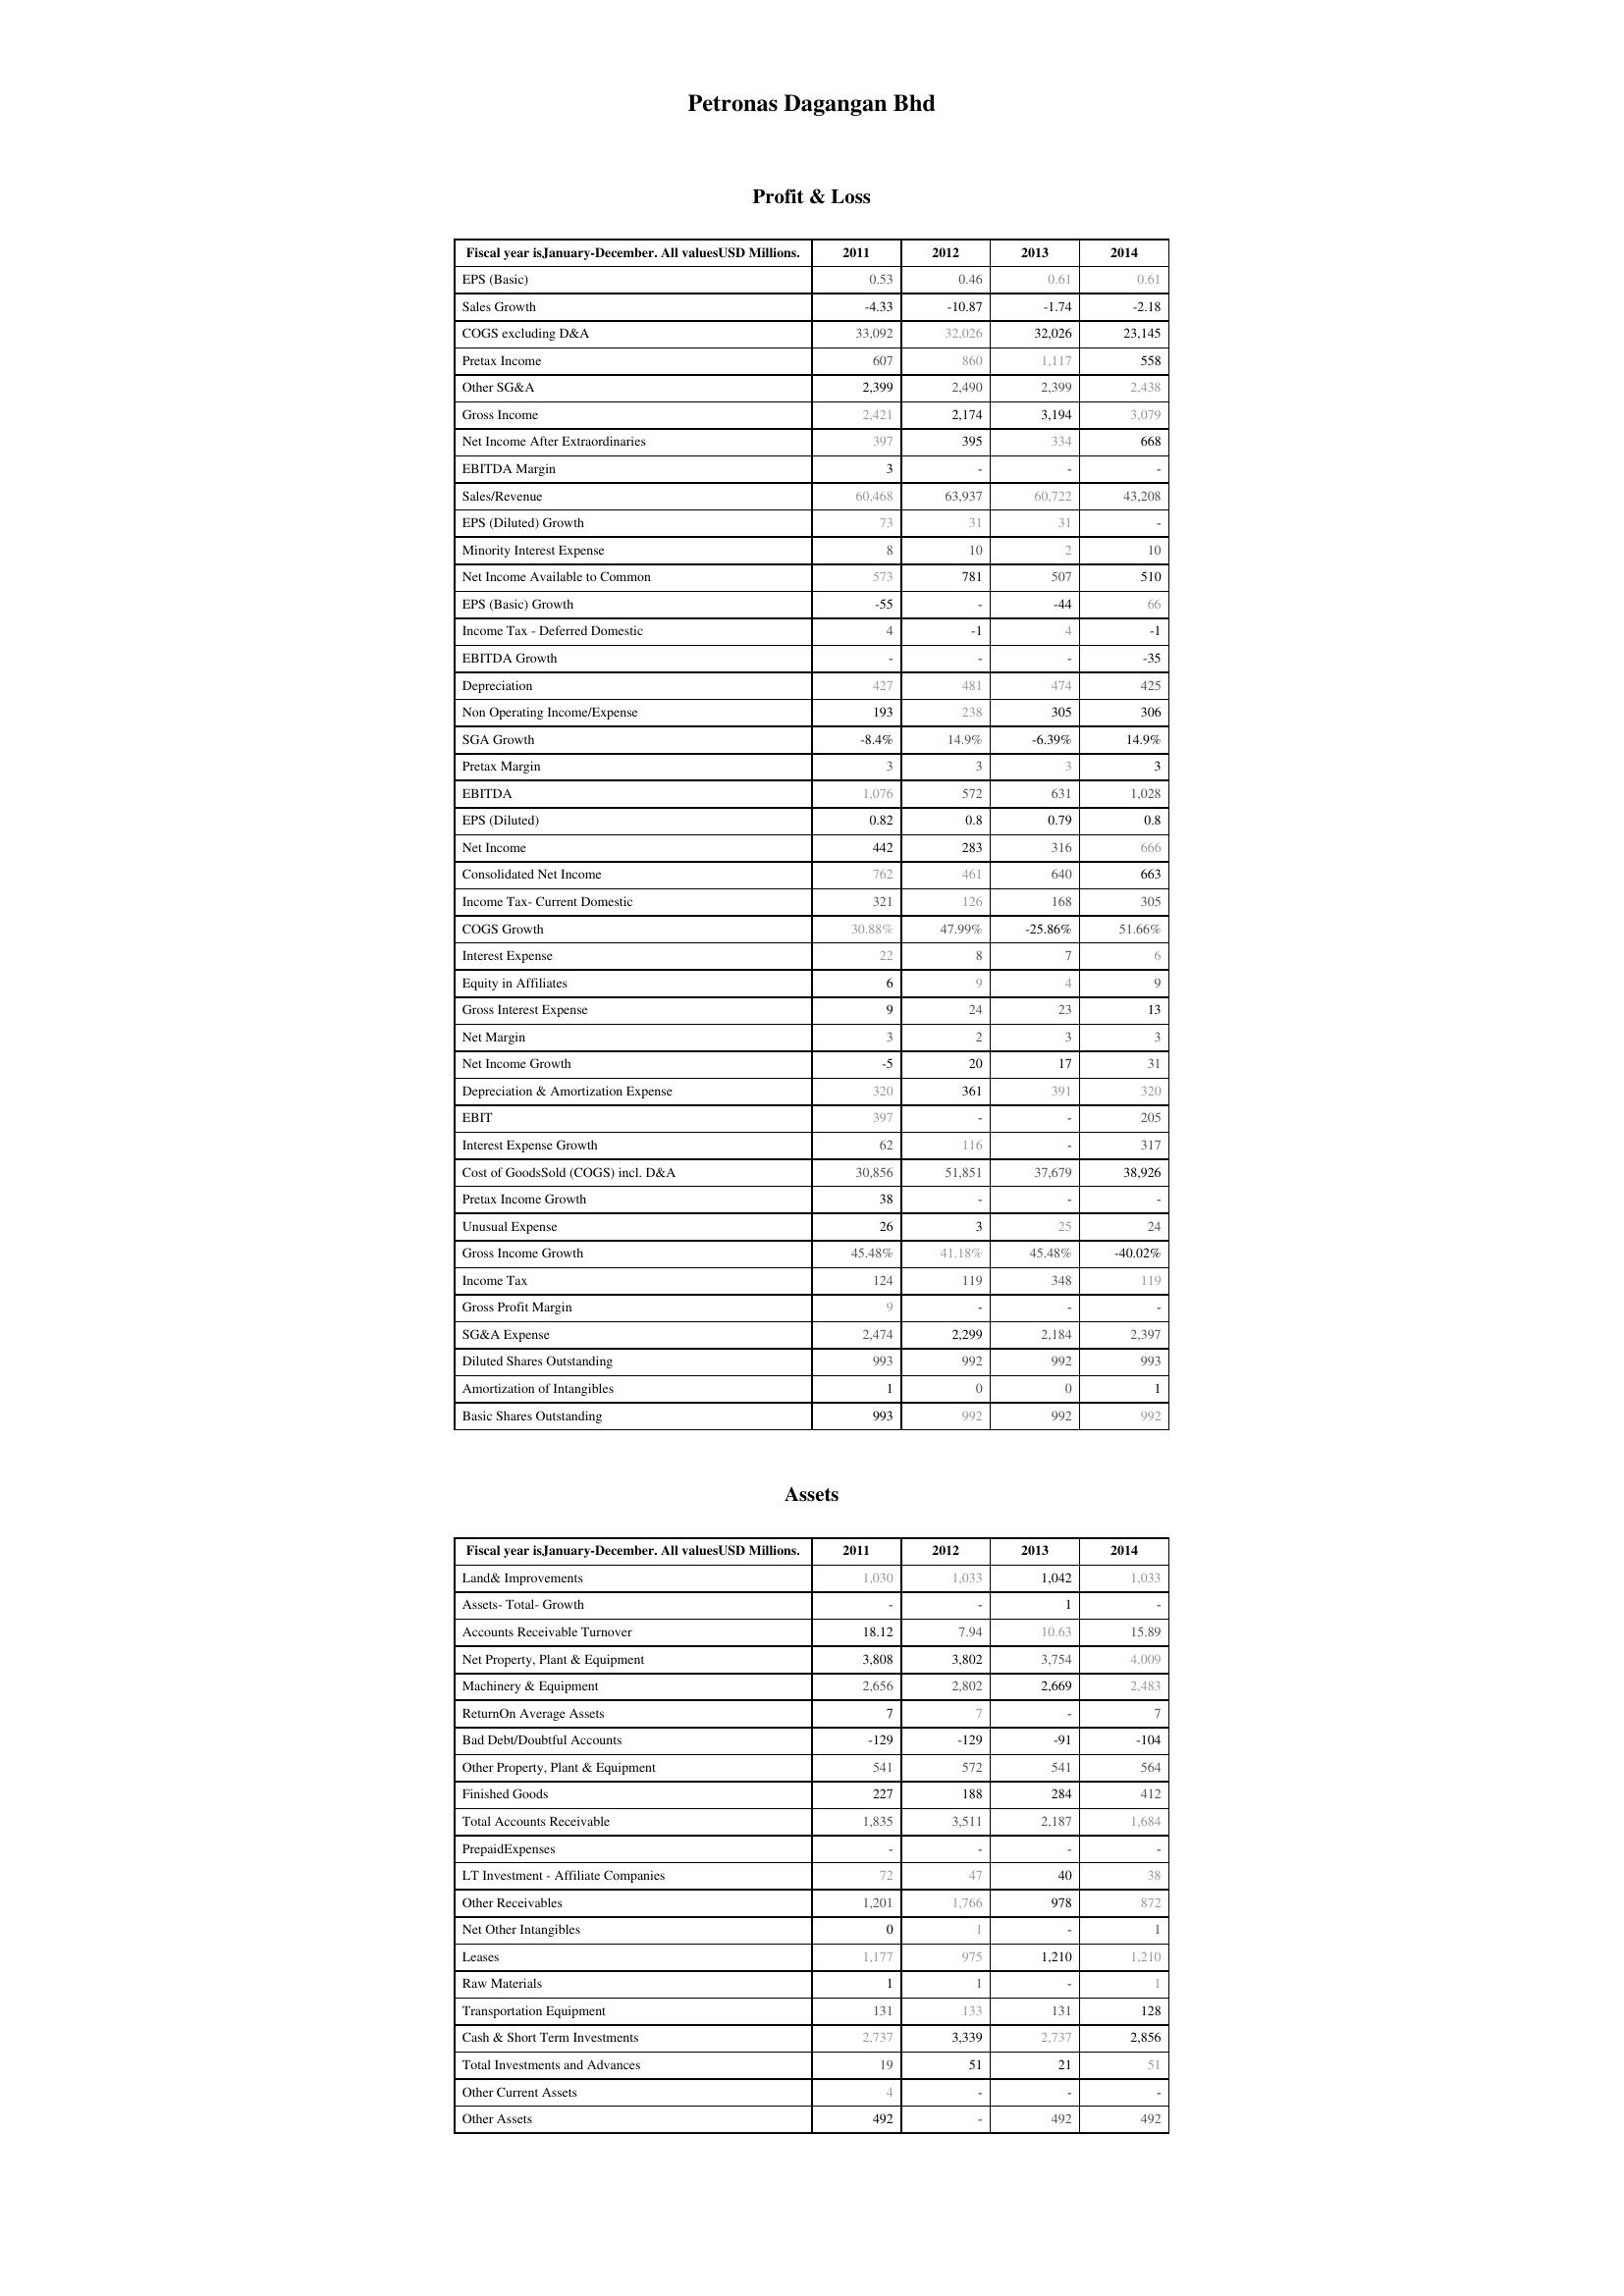
2011: Profit & Loss: EPS (Basic): 0.53
Sales Growth: -4.33
COGS excluding D&A: 33,092
Pretax Income: 607
Other SG&A: 2,399
Gross Income: 2,421
Net Income After Extraordinaries: 397
EBITDA Margin: 3
Sales/Revenue: 60,468
EPS (Diluted) Growth: 73
Minority Interest Expense: 8
Net Income Available to Common: 573
EPS (Basic) Growth: -55
Income Tax - Deferred Domestic: 4
EBITDA Growth: -
Depreciation: 427
Non Operating Income/Expense: 193
SGA Growth: -8.4%
Pretax Margin: 3
EBITDA: 1,076
EPS (Diluted): 0.82
Net Income: 442
Consolidated Net Income: 762
Income Tax- Current Domestic: 321
COGS Growth: 30.88%
Interest Expense: 22
Equity in Affiliates: 6
Gross Interest Expense: 9
Net Margin: 3
Net Income Growth: -5
Depreciation & Amortization Expense: 320
EBIT: 397
Interest Expense Growth: 62
Cost of GoodsSold (COGS) incl. D&A: 30,856
Pretax Income Growth: 38
Unusual Expense: 26
Gross Income Growth: 45.48%
Income Tax: 124
Gross Profit Margin: 9
SG&A Expense: 2,474
Diluted Shares Outstanding: 993
Amortization of Intangibles: 1
Basic Shares Outstanding: 993
Assets: Land& Improvements: 1,030
Assets- Total- Growth: -
Accounts Receivable Turnover: 18.12
Net Property, Plant & Equipment: 3,808
Machinery & Equipment: 2,656
ReturnOn Average Assets: 7
Bad Debt/Doubtful Accounts: -129
Other Property, Plant & Equipment: 541
Finished Goods: 227
Total Accounts Receivable: 1,835
PrepaidExpenses: -
LT Investment - Affiliate Companies: 72
Other Receivables: 1,201
Net Other Intangibles: 0
Leases: 1,177
Raw Materials: 1
Transportation Equipment: 131
Cash & Short Term Investments: 2,737
Total Investments and Advances: 19
Other Current Assets: 4
Other Assets: 492
2012: Profit & Loss: EPS (Basic): 0.46
Sales Growth: -10.87
COGS excluding D&A: 32,026
Pretax Income: 860
Other SG&A: 2,490
Gross Income: 2,174
Net Income After Extraordinaries: 395
EBITDA Margin: -
Sales/Revenue: 63,937
EPS (Diluted) Growth: 31
Minority Interest Expense: 10
Net Income Available to Common: 781
EPS (Basic) Growth: -
Income Tax - Deferred Domestic: -1
EBITDA Growth: -
Depreciation: 481
Non Operating Income/Expense: 238
SGA Growth: 14.9%
Pretax Margin: 3
EBITDA: 572
EPS (Diluted): 0.8
Net Income: 283
Consolidated Net Income: 461
Income Tax- Current Domestic: 126
COGS Growth: 47.99%
Interest Expense: 8
Equity in Affiliates: 9
Gross Interest Expense: 24
Net Margin: 2
Net Income Growth: 20
Depreciation & Amortization Expense: 361
EBIT: -
Interest Expense Growth: 116
Cost of GoodsSold (COGS) incl. D&A: 51,851
Pretax Income Growth: -
Unusual Expense: 3
Gross Income Growth: 41.18%
Income Tax: 119
Gross Profit Margin: -
SG&A Expense: 2,299
Diluted Shares Outstanding: 992
Amortization of Intangibles: 0
Basic Shares Outstanding: 992
Assets: Land& Improvements: 1,033
Assets- Total- Growth: -
Accounts Receivable Turnover: 7.94
Net Property, Plant & Equipment: 3,802
Machinery & Equipment: 2,802
ReturnOn Average Assets: 7
Bad Debt/Doubtful Accounts: -129
Other Property, Plant & Equipment: 572
Finished Goods: 188
Total Accounts Receivable: 3,511
PrepaidExpenses: -
LT Investment - Affiliate Companies: 47
Other Receivables: 1,766
Net Other Intangibles: 1
Leases: 975
Raw Materials: 1
Transportation Equipment: 133
Cash & Short Term Investments: 3,339
Total Investments and Advances: 51
Other Current Assets: -
Other Assets: -
2013: Profit & Loss: EPS (Basic): 0.61
Sales Growth: -1.74
COGS excluding D&A: 32,026
Pretax Income: 1,117
Other SG&A: 2,399
Gross Income: 3,194
Net Income After Extraordinaries: 334
EBITDA Margin: -
Sales/Revenue: 60,722
EPS (Diluted) Growth: 31
Minority Interest Expense: 2
Net Income Available to Common: 507
EPS (Basic) Growth: -44
Income Tax - Deferred Domestic: 4
EBITDA Growth: -
Depreciation: 474
Non Operating Income/Expense: 305
SGA Growth: -6.39%
Pretax Margin: 3
EBITDA: 631
EPS (Diluted): 0.79
Net Income: 316
Consolidated Net Income: 640
Income Tax- Current Domestic: 168
COGS Growth: -25.86%
Interest Expense: 7
Equity in Affiliates: 4
Gross Interest Expense: 23
Net Margin: 3
Net Income Growth: 17
Depreciation & Amortization Expense: 391
EBIT: -
Interest Expense Growth: -
Cost of GoodsSold (COGS) incl. D&A: 37,679
Pretax Income Growth: -
Unusual Expense: 25
Gross Income Growth: 45.48%
Income Tax: 348
Gross Profit Margin: -
SG&A Expense: 2,184
Diluted Shares Outstanding: 992
Amortization of Intangibles: 0
Basic Shares Outstanding: 992
Assets: Land& Improvements: 1,042
Assets- Total- Growth: 1
Accounts Receivable Turnover: 10.63
Net Property, Plant & Equipment: 3,754
Machinery & Equipment: 2,669
ReturnOn Average Assets: -
Bad Debt/Doubtful Accounts: -91
Other Property, Plant & Equipment: 541
Finished Goods: 284
Total Accounts Receivable: 2,187
PrepaidExpenses: -
LT Investment - Affiliate Companies: 40
Other Receivables: 978
Net Other Intangibles: -
Leases: 1,210
Raw Materials: -
Transportation Equipment: 131
Cash & Short Term Investments: 2,737
Total Investments and Advances: 21
Other Current Assets: -
Other Assets: 492
2014: Profit & Loss: EPS (Basic): 0.61
Sales Growth: -2.18
COGS excluding D&A: 23,145
Pretax Income: 558
Other SG&A: 2,438
Gross Income: 3,079
Net Income After Extraordinaries: 668
EBITDA Margin: -
Sales/Revenue: 43,208
EPS (Diluted) Growth: -
Minority Interest Expense: 10
Net Income Available to Common: 510
EPS (Basic) Growth: 66
Income Tax - Deferred Domestic: -1
EBITDA Growth: -35
Depreciation: 425
Non Operating Income/Expense: 306
SGA Growth: 14.9%
Pretax Margin: 3
EBITDA: 1,028
EPS (Diluted): 0.8
Net Income: 666
Consolidated Net Income: 663
Income Tax- Current Domestic: 305
COGS Growth: 51.66%
Interest Expense: 6
Equity in Affiliates: 9
Gross Interest Expense: 13
Net Margin: 3
Net Income Growth: 31
Depreciation & Amortization Expense: 320
EBIT: 205
Interest Expense Growth: 317
Cost of GoodsSold (COGS) incl. D&A: 38,926
Pretax Income Growth: -
Unusual Expense: 24
Gross Income Growth: -40.02%
Income Tax: 119
Gross Profit Margin: -
SG&A Expense: 2,397
Diluted Shares Outstanding: 993
Amortization of Intangibles: 1
Basic Shares Outstanding: 992
Assets: Land& Improvements: 1,033
Assets- Total- Growth: -
Accounts Receivable Turnover: 15.89
Net Property, Plant & Equipment: 4,009
Machinery & Equipment: 2,483
ReturnOn Average Assets: 7
Bad Debt/Doubtful Accounts: -104
Other Property, Plant & Equipment: 564
Finished Goods: 412
Total Accounts Receivable: 1,684
PrepaidExpenses: -
LT Investment - Affiliate Companies: 38
Other Receivables: 872
Net Other Intangibles: 1
Leases: 1,210
Raw Materials: 1
Transportation Equipment: 128
Cash & Short Term Investments: 2,856
Total Investments and Advances: 51
Other Current Assets: -
Other Assets: 492